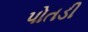
પોતડી